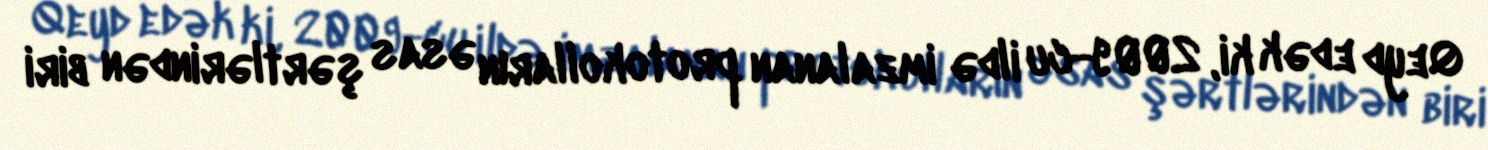
Qeyd edək ki, 2009-cu ildə imzalanan protokolların əsas şərtlərindən biri